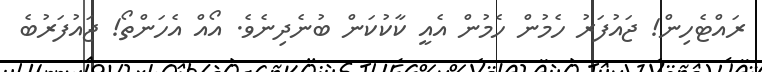
ރައްޓެހިން! ޖައުފަރު ހެމުން ހެމުން އެއީ ކާކުކަން ބުނެދިނެވެ. އޯއް އެހަންތޯ! ޖައުފަރުބެ